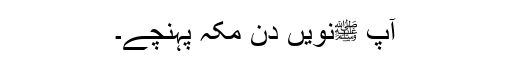
آپ ﷺنویں دن مکہ پہنچے۔